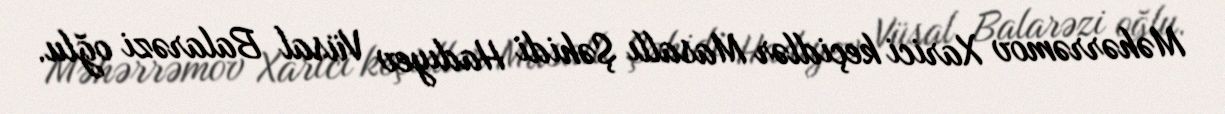
Məhərrəmov Xarici keçidlər Masallı Şəhidi Hadıyev Vüsal Balarəzi oğlu.